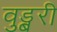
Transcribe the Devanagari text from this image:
वुड्बरी